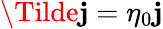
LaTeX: \Tilde{\mathbf{j}}=\eta_{0}\mathbf{j}